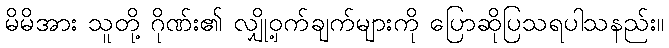
မိမိအား သူတို့ ဂိုဏ်း၏ လျှို့ဝှက်ချက်များကို ပြောဆိုပြသရပါသနည်း။